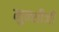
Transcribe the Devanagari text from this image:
मुन्शीजी